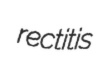
rectitis